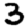
Digit: 3